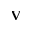
\mathbf { V }